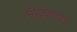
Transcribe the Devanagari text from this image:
निरंकुशतावाद